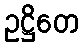
ဥဋ္ဌိတေ